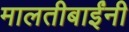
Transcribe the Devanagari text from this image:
मालतीबाईंनी